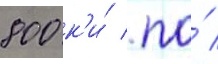
800 к'и́ / по́